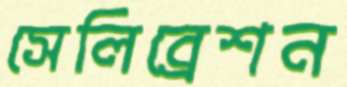
সেলিব্রেশন